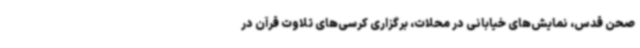
صحن قدس، نمایش‌های خیابانی در محلات، برگزاری کرسی‌های تلاوت قرآن در